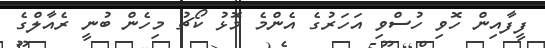
ފީފާއިން ހޮވި ހުސްވި އަހަރުގެ އެންމެ މޮޅު ކޯޗު މިހެން ބުނީ ރެއާލްގެ